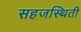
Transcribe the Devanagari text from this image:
सहजस्थिती